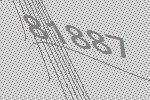
81887